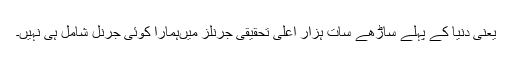
یعنی دنیا کے پہلے ساڑھے سات ہزار اعلیٰ تحقیقی جرنلز میںہمارا کوئی جرنل شامل ہی نہیں۔